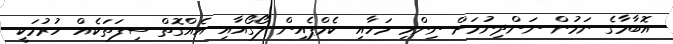
އޮބާމާގެ ނަމުން ނަންދިނުމަށް ނިންމި މަހާއި ކެމްޕެއިން ލޯގޯއާއި އެއްގޮތް ސިފަތަކެއް ހުރުމަކީ